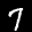
Label: 7